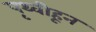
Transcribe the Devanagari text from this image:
पृथ्वीहून